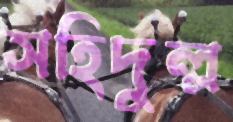
সহিদুল্ল